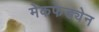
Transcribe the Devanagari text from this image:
मेकफेड्येन